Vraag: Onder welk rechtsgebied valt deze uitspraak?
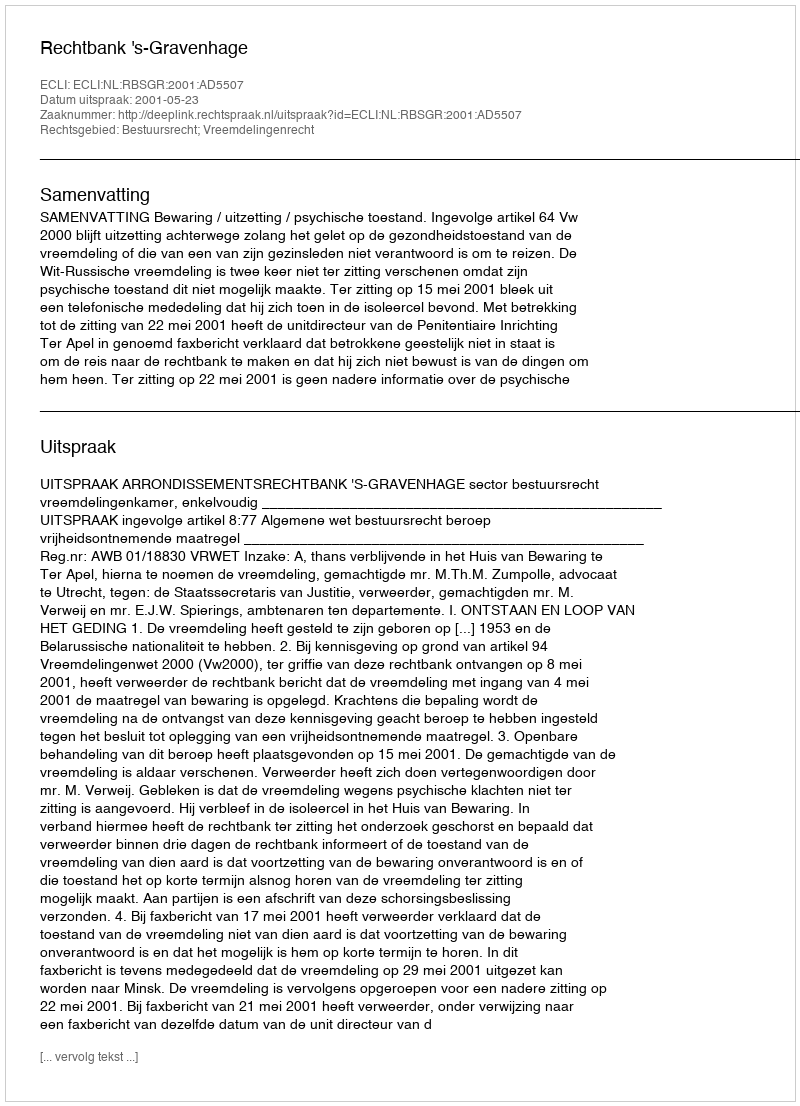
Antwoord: Bestuursrecht; Vreemdelingenrecht